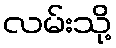
လမ်းသို့